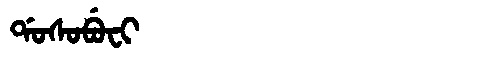
Manchu: ᡩᠣᠰᠣᠪᡠᠸᡳ
Romanization: DOSOBUFI